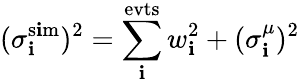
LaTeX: (\sigma_{\mathbf{i}}^{\mathrm{{s\mathbf{i}m}}})^{2}=\sum_{\mathbf{i}}^{\mathrm{{evts}}}w_{\mathbf{i}}^{2}+(\sigma_{\mathbf{i}}^{\mu})^{2}